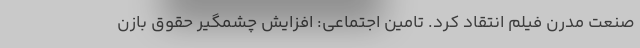
صنعت مدرن فیلم انتقاد کرد. تامین اجتماعی: افزایش چشمگیر حقوق بازن